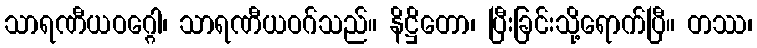
သာရဏီယဝဂ္ဂေါ၊ သာရဏီယဝဂ်သည်။ နိဋ္ဌိတော၊ ပြီးခြင်းသို့ရောက်ပြီ။ တဿ၊